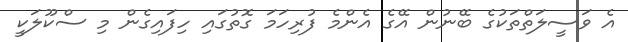
އެ ވަސީލަތްތަކުގެ ބޭނުން އޭގެ އެންމެ ފުރިހަމަ ގޮތުގައި ހިފައިގެން މި ސްކޫލަކީ